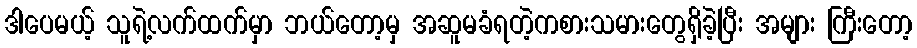
ဒါပေမယ့် သူရဲ့လက်ထက်မှာ ဘယ်တော့မှ အဆူမခံရတဲ့ကစားသမားတွေရှိခဲ့ပြီး အများ ကြီးတော့